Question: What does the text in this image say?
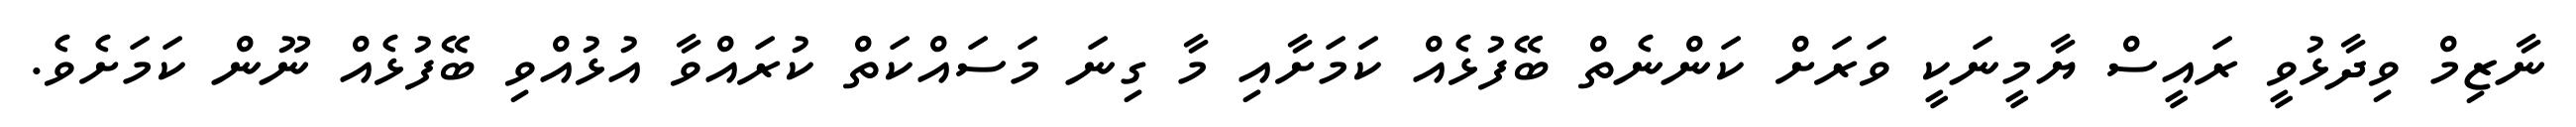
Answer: ނާޒިމް ވިދާޅުވީ ރައީސް ޔާމީނަކީ ވަރަށް ކަންނެތް ބޭފުޅެއް ކަމަށާއި މާ ގިނަ މަސައްކަތް ކުރައްވާ އުޅުއްވި ބޭފުޅެއް ނޫން ކަމަށެވެ.